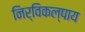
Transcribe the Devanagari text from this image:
निर्विकल्पाय